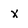
Character: x